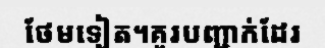
ថែមទៀត។គួរបញ្ជាក់ដែរ